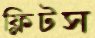
ফ্লিটস